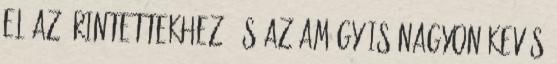
el az érintettekhez, és az amúgy is nagyon kevés